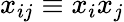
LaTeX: x_{ij}\equiv x_{i}x_{j}